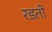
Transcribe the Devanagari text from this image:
रडती